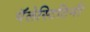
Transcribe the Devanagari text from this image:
पॅलेस्टिटिनी